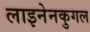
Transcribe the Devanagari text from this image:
लाइनेनकुगल